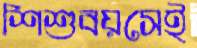
শিশুবয়সেই